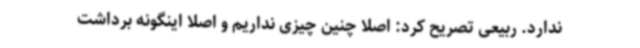
ندارد. ربیعی تصریح کرد: اصلا چنین چیزی نداریم و اصلا اینگونه برداشت